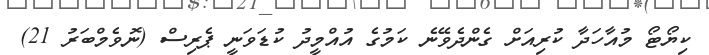
ކިޔޯޓޯ މުއާހަދާ ކުރިއަށް ގެންދެވޭނެ ކަމުގެ އުއްމީދު ކުޑަވަނީ ޕެރިސް (ނޮވެމްބަރު 21)